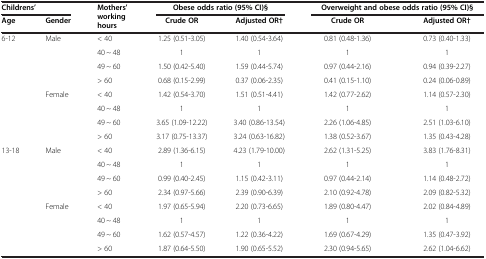
<table><thead><tr><td colspan="2"><b>Childrens’</b></td><td rowspan="2"><b>Mothers’ working hours</b></td><td colspan="2"><b>Obese odds ratio (95% CI)§</b></td><td colspan="2"><b>Overweight and obese odds ratio (95% CI)§</b></td></tr><tr><td><b>Age</b></td><td><b>Gender</b></td><td><b>Crude OR</b></td><td><b>Adjusted OR†</b></td><td><b>Crude OR</b></td><td><b>Adjusted OR†</b></td></tr></thead><tbody><tr><td rowspan="8">6-12</td><td rowspan="4">Male</td><td>&lt; 40</td><td>1.25 (0.51-3.05)</td><td>1.40 (0.54-3.64)</td><td>0.81 (0.48-1.36)</td><td>0.73 (0.40-1.33)</td></tr><tr><td>40 ~ 48</td><td>1</td><td>1</td><td>1</td><td>1</td></tr><tr><td>49 ~ 60</td><td>1.50 (0.42-5.40)</td><td>1.59 (0.44-5.74)</td><td>0.97 (0.44-2.16)</td><td>0.94 (0.39-2.27)</td></tr><tr><td>&gt; 60</td><td>0.68 (0.15-2.99)</td><td>0.37 (0.06-2.35)</td><td>0.41 (0.15-1.10)</td><td>0.24 (0.06-0.89)</td></tr><tr><td rowspan="4">Female</td><td>&lt; 40</td><td>1.42 (0.54-3.70)</td><td>1.51 (0.51-4.41)</td><td>1.42 (0.77-2.62)</td><td>1.14 (0.57-2.30)</td></tr><tr><td>40 ~ 48</td><td>1</td><td>1</td><td>1</td><td>1</td></tr><tr><td>49 ~ 60</td><td>3.65 (1.09-12.22)</td><td>3.40 (0.86-13.54)</td><td>2.26 (1.06-4.85)</td><td>2.51 (1.03-6.10)</td></tr><tr><td>&gt; 60</td><td>3.17 (0.75-13.37)</td><td>3.24 (0.63-16.82)</td><td>1.38 (0.52-3.67)</td><td>1.35 (0.43-4.28)</td></tr><tr><td rowspan="8">13-18</td><td rowspan="4">Male</td><td>&lt; 40</td><td>2.89 (1.36-6.15)</td><td>4.23 (1.79-10.00)</td><td>2.62 (1.31-5.25)</td><td>3.83 (1.76-8.31)</td></tr><tr><td>40 ~ 48</td><td>1</td><td>1</td><td>1</td><td>1</td></tr><tr><td>49 ~ 60</td><td>0.99 (0.40-2.45)</td><td>1.15 (0.42-3.11)</td><td>0.97 (0.44-2.14)</td><td>1.14 (0.48-2.72)</td></tr><tr><td>&gt; 60</td><td>2.34 (0.97-5.66)</td><td>2.39 (0.90-6.39)</td><td>2.10 (0.92-4.78)</td><td>2.09 (0.82-5.32)</td></tr><tr><td rowspan="4">Female</td><td>&lt; 40</td><td>1.97 (0.65-5.94)</td><td>2.20 (0.73-6.65)</td><td>1.89 (0.80-4.47)</td><td>2.02 (0.84-4.89)</td></tr><tr><td>40 ~ 48</td><td>1</td><td>1</td><td>1</td><td>1</td></tr><tr><td>49 ~ 60</td><td>1.62 (0.57-4.57)</td><td>1.22 (0.36-4.22)</td><td>1.69 (0.67-4.29)</td><td>1.35 (0.47-3.92)</td></tr><tr><td>&gt; 60</td><td>1.87 (0.64-5.50)</td><td>1.90 (0.65-5.52)</td><td>2.30 (0.94-5.65)</td><td>2.62 (1.04-6.62)</td></tr></tbody></table>